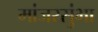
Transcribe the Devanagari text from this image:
मांजरसुंभा